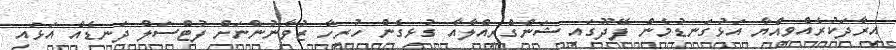
އިރާދަކުރެއްވިއްޔާ އަޅުގަނޑުމެން ފޭދޫގައި ޝަންގްރިއްލާއާ ގުޅިގެން ހުރިހާ ޒުވާނުންނަށް ފުޓްސަލް ދަނޑެއް އަޅައި